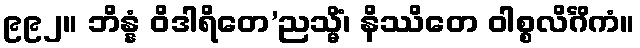
၉၉၂။ ဘိန္နံ ဝိဒါရိတေ’ညသ္မိံ၊ နိဿိတေ ဝါစ္စလိင်္ဂိကံ။